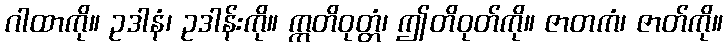
ဂါထာကို။ ဥဒါနံ၊ ဥဒါန်းကို။ ဣတိဝုတ္တံ၊ ဤတိဝုတ်ကို။ ဇာတကံ၊ ဇာတ်ကို။